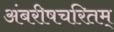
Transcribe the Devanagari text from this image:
अंबरीषचरितम्